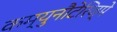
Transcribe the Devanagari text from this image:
कम्युनौटेरिज्मे